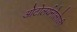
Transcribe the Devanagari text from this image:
ओटोलर्यनोलोजी